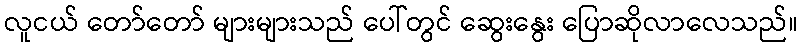
လူငယ် တော်တော် များများသည် ပေါ်တွင် ဆွေးနွေး ပြောဆိုလာလေသည်။